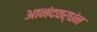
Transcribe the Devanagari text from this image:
आनंदवर्धंन